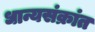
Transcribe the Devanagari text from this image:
धान्यसंक्रांत